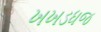
ખખડધજ